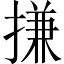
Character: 搛